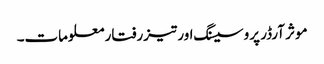
موثر آرڈر پروسیسنگ اور تیزرفتار معلومات۔